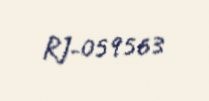
RJ-059563